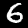
Label: 6